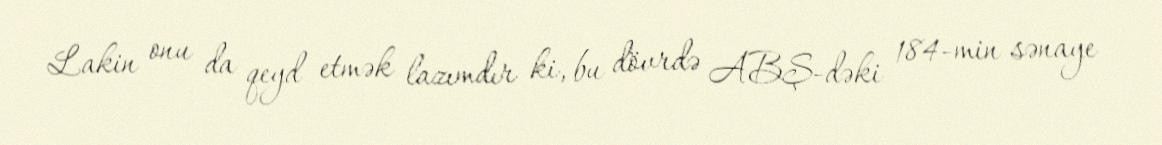
Lakin onu da qeyd etmək lazımdır ki, bu dövrdə ABŞ-dəki 184-min sənaye